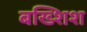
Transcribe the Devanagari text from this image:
बख्शिश